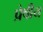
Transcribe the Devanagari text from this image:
प्रेषीय